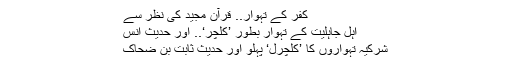
کفر کے تہوار.. قرآنِ مجید کی نظر سے
اہل جاہلیت کے تہوار بطور ’کلچر‘.. اور حدیثِ انس
شرکیہ تہواروں کا ’کلچرل‘ پہلو اور حدیثِ ثابت بن ضحاک